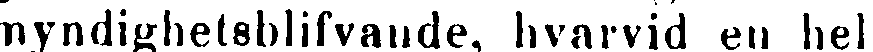
myndighetsblifvande, hvarvid en hel